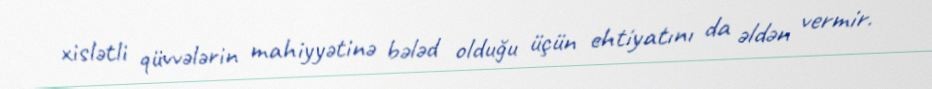
xislətli qüvvələrin mahiyyətinə bələd olduğu üçün ehtiyatını da əldən vermir.